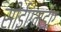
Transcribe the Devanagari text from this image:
सीईएमईए